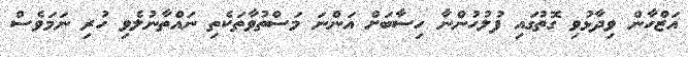
އަޒްހާން ވިދާޅުވި ގޮތުގައި ފުލުހުންނާ ހިސާބަށް އަންނަ މަސްތުވާތަކެތި ނައްތާނުލެވި ހުރި ނަމަވެސް